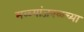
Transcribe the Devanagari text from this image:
मळ्यांजवळच्या